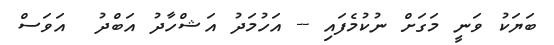
ބަޔަކު ވަނީ މަގަށް ނުކުމެފައި -- އަހުމަދު އަޝްހާދު އަބްދު  އަވަސް